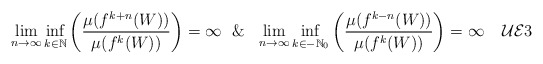
\begin{align*} \lim_{n \rightarrow \infty} \inf _{k \in {\mathbb N}} \left (\frac{\mu(f^{k+n}(W))}{\mu(f^{k}(W))}\right ) = \infty \ \ \& \ \ \lim_{n \rightarrow \infty} \inf_{k \in -{\mathbb N}_0} \left (\frac{\mu(f^{k-n}(W))}{\mu(f^{k}(W))}\right ) = \infty \tag*{$\mathcal{UE}3$}\end{align*}